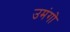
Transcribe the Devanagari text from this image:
उमंगो